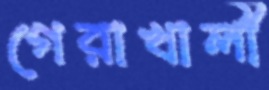
গেরাখালী